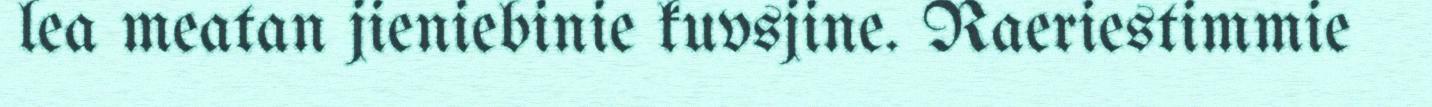
lea meatan jieniebinie kuvsjine. Raeriestimmie